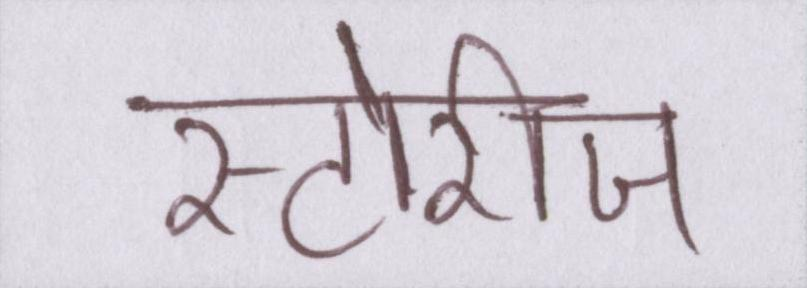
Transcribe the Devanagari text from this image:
स्टोरीज